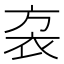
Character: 𧘩